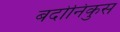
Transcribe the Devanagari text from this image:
बदोनिकुस